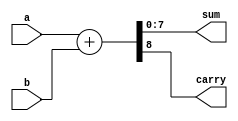

module adderSub#(parameter WIDTH = 8, parameter OP = 0)
(
	input [WIDTH-1:0] a,
	input [WIDTH-1:0] b, 
	output [WIDTH-1:0]sum,
	output carry
);

assign {carry,sum} = OP ? a - b: a + b; 

endmodule